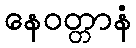
နေဝတ္တာနံ